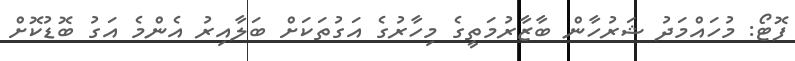
ފޮޓޯ: މުހައްމަދު ޝަރުހާން ބާޒާރުމަތީގެ މިހާރުގެ އަގުތަކަށް ބަލާއިރު އެންމެ އަގު ބޮޑުކޮށް